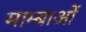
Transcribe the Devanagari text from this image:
माम्बाओं